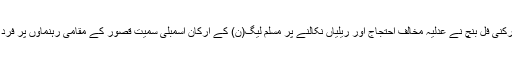
11 مئی2018ء) لاہور ہائیکورٹ کے جسٹس مظاہر علی اکبر نقوی کی سربراہی میں تین رکنی فل بنچ نے عدلیہ مخالف احتجاج اور ریلیاں نکالنے پر مسلم لیگ(ن) کے ارکان اسمبلی سمیت قصور کے مقامی رہنماوں پر فرد جرم عائد کر دی ہے اور تمام ملزموں کو جواب دینے کیلئے 7 دنوں کی مہلت دے دی ہے۔